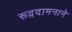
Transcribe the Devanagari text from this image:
रूद्रदामनाने